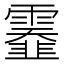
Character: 𩆅